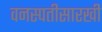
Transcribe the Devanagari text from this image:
वनस्पतीसारखी